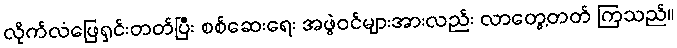
လိုက်လံဖြေရှင်းတတ်ပြီး စစ်ဆေးရေး အဖွဲဝင်များအားလည်း လာတွေ့တတ် ကြသည်။